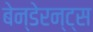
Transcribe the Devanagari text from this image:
बेन्डेरन्ट्स